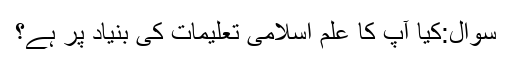
سوال:کیا آپ کا علم اسلامی تعلیمات کی بنیاد پر ہے؟